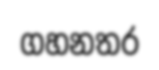
ගහනතර